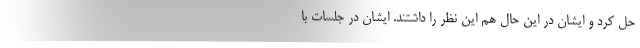
حل کرد و ایشان در این حال هم این نظر را داشتند. ایشان در جلسات با